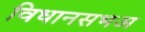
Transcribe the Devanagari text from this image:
विधानसभअ